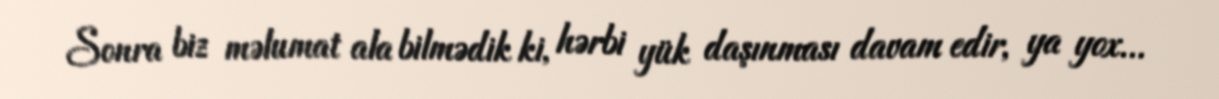
Sonra biz məlumat ala bilmədik ki, hərbi yük daşınması davam edir, ya yox...